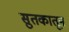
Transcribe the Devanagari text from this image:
सुतकातून